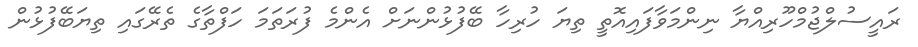
ރައީސުލްޖުމްހޫރިއްޔާ ނިންމަވާފައިއޮތީ ތިޔަ ހުރިހާ ބޭފުޅުންނަށް އެންމެ ފުރަތަމަ ހަފްތާގެ ތެރޭގައި ތިޔަބޭފުޅުން